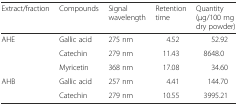
| Extract/fraction | Compounds | Signal wavelength | Retention time | Quantity (μg/100 mg dry powder) |
 | --- | --- | --- | --- | --- |
 | <ROWSPAN=3> AHE | Gallic acid | 275 nm | 4.52 | 52.92 |
 | Catechin | 279 nm | 11.43 | 8648.0 |
 | Myricetin | 368 nm | 17.08 | 34.60 |
 | <ROWSPAN=2> AHB | Gallic acid | 257 nm | 4.41 | 144.70 |
 | Catechin | 279 nm | 10.55 | 3995.21 |